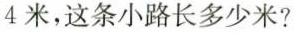
4米，这条小路长多少米?